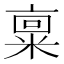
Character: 𫡿